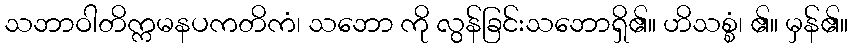
သဘာဝါတိက္ကမနပကတိကံ၊ သဘော ကို လွန်ခြင်းသဘောရှိ၏။ ဟိသစ္စံ၊ ၏။ မှန်၏။